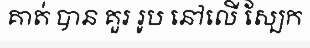
គាត់ បាន គួរ រូប នៅលើ ស្បែក